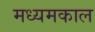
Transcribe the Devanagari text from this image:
मध्यमकाल